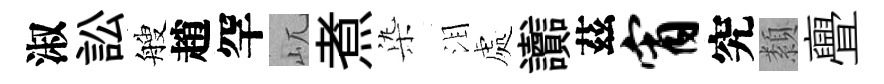
淑訟艘趙罕屼煮𣑱泪處讟茲宵究纇亹